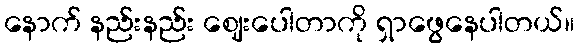
နောက် နည်းနည်း ဈေးပေါတာကို ရှာဖွေနေပါတယ်။